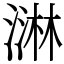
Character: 㵉